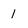
Character: 1